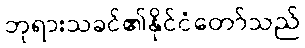
ဘုရားသခင်၏နိုင်ငံတော်သည်